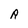
Character: R